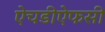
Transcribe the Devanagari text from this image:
ऐचडीऐफसी